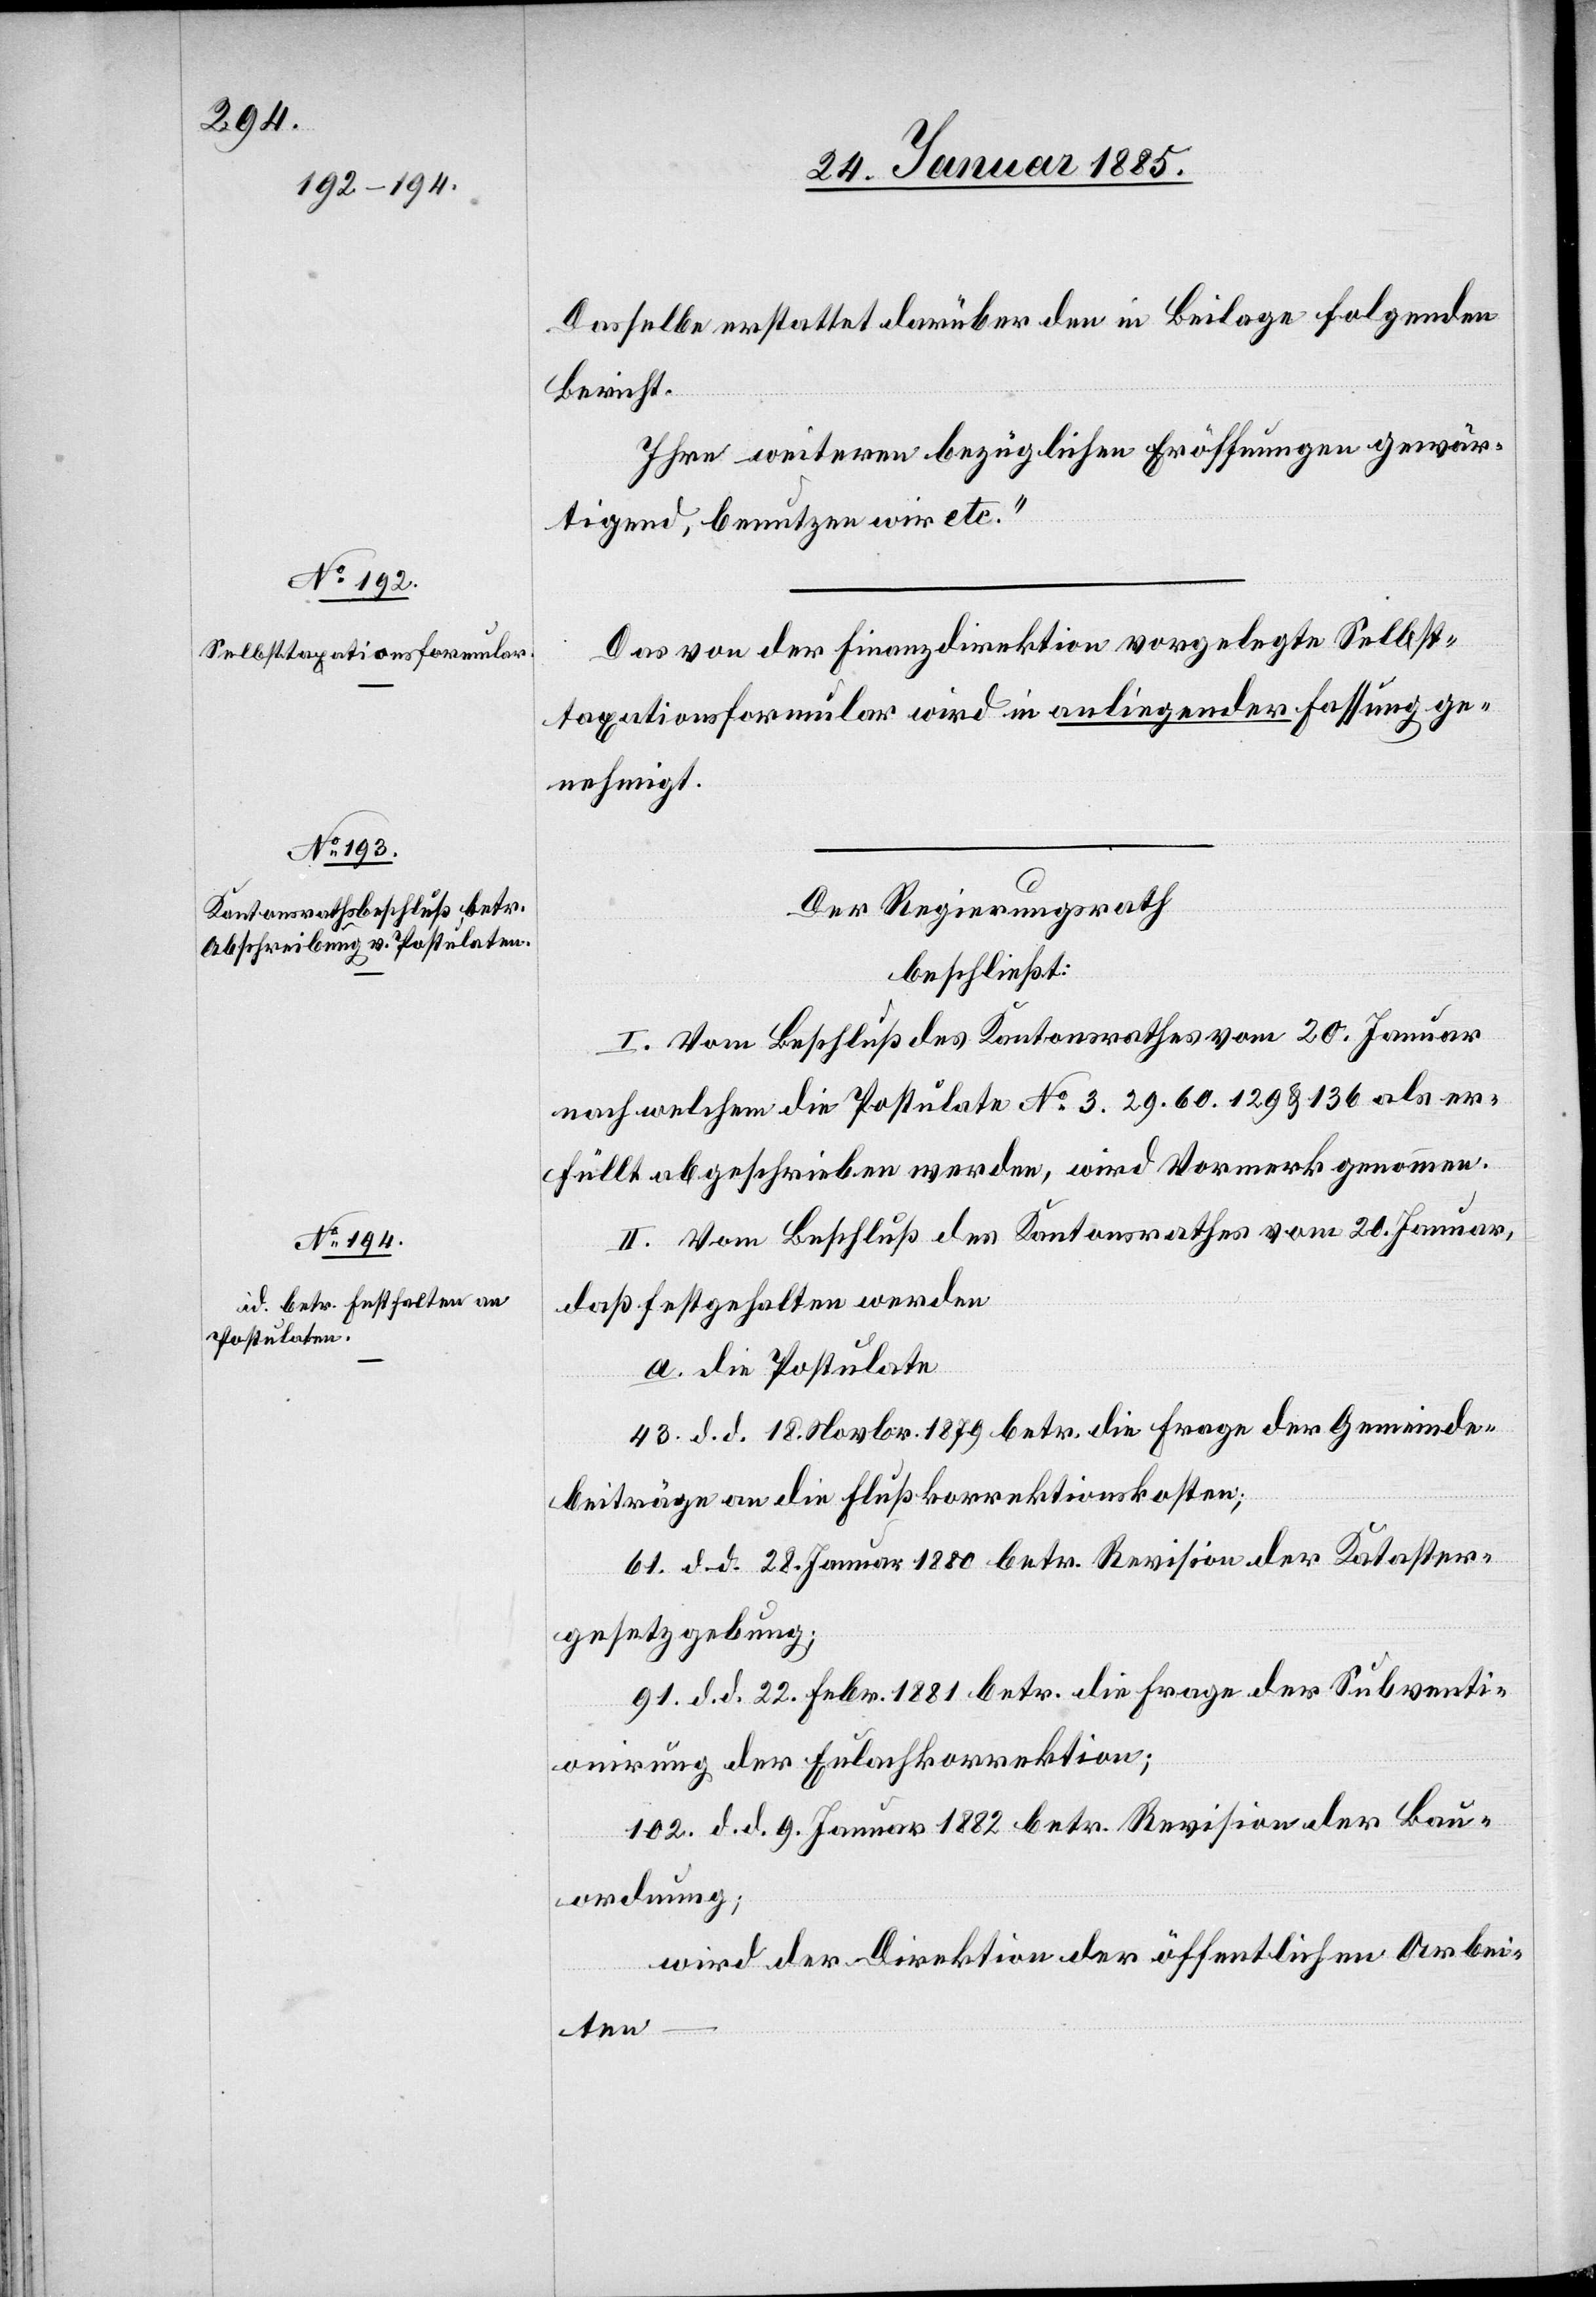
Dasselbe erstattet darüber den in Beilage folgenden
Bericht.
Ihre weiteren bezüglichen Eröffnungen gewär¬
tigend, benutzen wir etc.“
Das von der Finanzdirektion vorgelegte Selbst¬
taxationsformular wird in anliegender Fassung ge¬
nehmigt.
Der Regierungsrath
beschließt:
I. Vom Beschluß des Kantonsrathes vom 20. Januar
nach welchem die Postulate No 3, 29, 60, 129 & 136 als er¬
füllt abgeschrieben werden, wird Vormerk genommen.
II. Vom Beschluß des Kantonsrathes vom 20. Januar,
daß festgehalten werden
a. die Postulate
43. d. d. 18. Novbr. 1879 betr. die Frage der Gemeinde¬
beiträge an die Flußkorrektionskosten;
61. d. d. 28. Januar 1880 betr. Revision der Kataster¬
gesetzgebung;
91. d. d. 22. Febr. 1881 betr. die Frage der Subventi¬
onirung der Eulachkorrektion;
102. d. d. 9. Januar 1882 betr. Revision der Bau¬
ordnung;
wird der Direktion der öffentlichen Arbei¬
ten